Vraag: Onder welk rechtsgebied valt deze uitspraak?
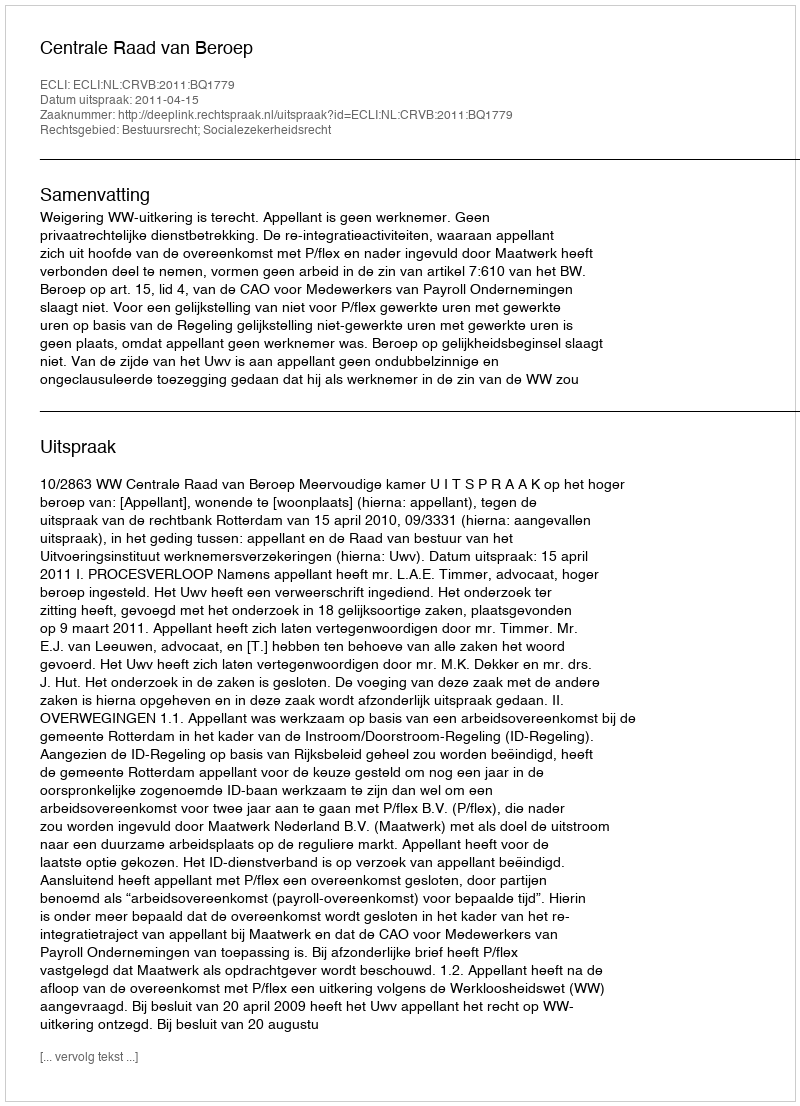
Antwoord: Bestuursrecht; Socialezekerheidsrecht